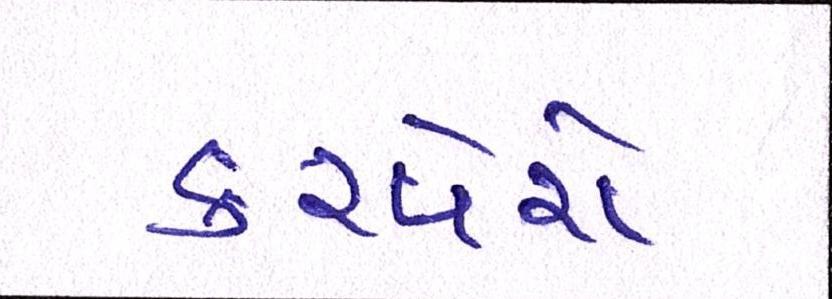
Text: કરવેરો